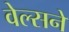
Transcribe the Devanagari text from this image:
वेल्सने